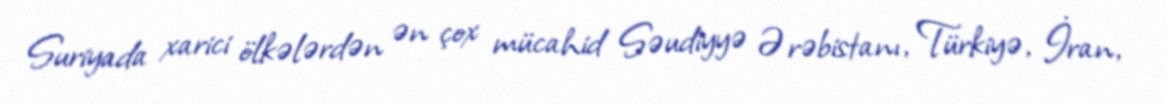
Suriyada xarici ölkələrdən ən çox mücahid Səudiyyə Ərəbistanı, Türkiyə, İran,